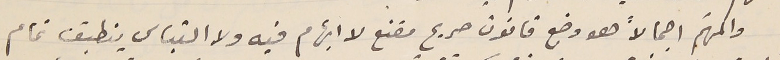
والمهّم اجمالاً هو وضع قانون صريح مقنع لا ابهام فيه ولا التباس ينطبق تمام